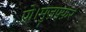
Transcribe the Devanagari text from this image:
प्रो।मुज़फ़्फ़र